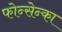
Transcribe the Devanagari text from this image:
फोन्सेन्का